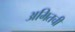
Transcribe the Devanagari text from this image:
अमितची